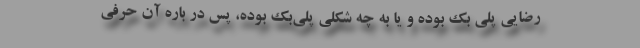
رضایی پلی بک بوده و یا به چه شکلی پلی‌بک بوده، پس در باره آن حرفی